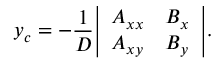
y _ { c } = - { \frac { 1 } { D } } { \left| \begin{array} { l l } { A _ { x x } } & { B _ { x } } \\ { A _ { x y } } & { B _ { y } } \end{array} \right| } .